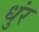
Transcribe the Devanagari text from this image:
धुंर